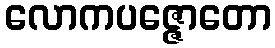
လောကပဇ္ဇောတော